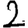
Digit: 2